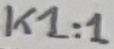
Text: K1:1